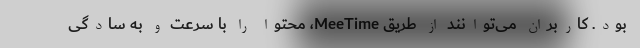
بود. کاربران می‌توانند از طریق MeeTime، محتوا را با سرعت و به سادگی